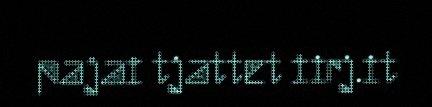
pajai tjattet iirj.it